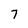
Character: 7